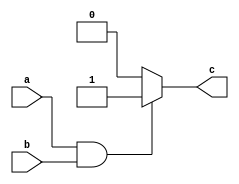
module and_behavioral(input a,input b,output reg c);
  always@(a,b)
  begin
    if(a && b)
      begin 
        c=1;
      end
    else
      begin
        c=0;
      end
  end
endmodule